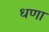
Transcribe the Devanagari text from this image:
धणा